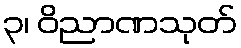
၃၊ ဝိညာဏသုတ်